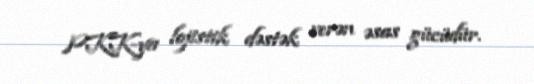
PKK-ya lojistik dəstək verən əsas gücüdür.